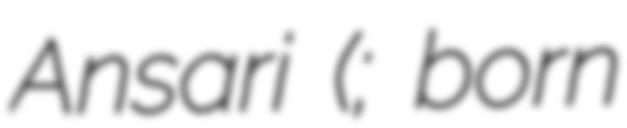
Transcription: Ansari (; born